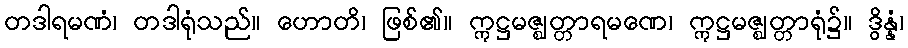
တဒါရမဏံ၊ တဒါရုံသည်။ ဟောတိ၊ ဖြစ်၏။ ဣဋ္ဌမဇ္ဈတ္တာရမဏေ၊ ဣဋ္ဌမဇ္ဈတ္တာရုံ၌။ ဒွိန္နံ၊